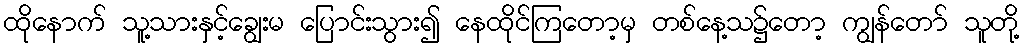
ထိုနောက် သူ့သားနှင့်ချွေးမ ပြောင်းသွား၍ နေထိုင်ကြတော့မှ တစ်နေ့သ၌တော့ ကျွန်တော် သူတို့